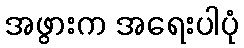
အဖွားက အရေးပါပုံ